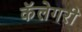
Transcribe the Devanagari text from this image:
कॅलेगरी